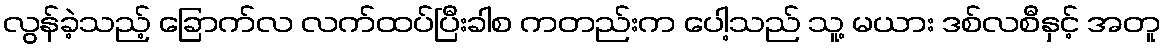
လွန်ခဲ့သည့် ခြောက်လ လက်ထပ်ပြီးခါစ ကတည်းက ပေါ့သည် သူ့ မယား ဒစ်လစီနှင့် အတူ